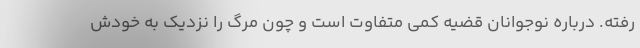
رفته. درباره نوجوانان قضیه کمی متفاوت است و چون مرگ را نزدیک به خودش